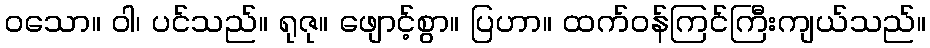
ဝသော။ ဝါ၊ ပင်သည်။ ရုဇု။ ဖျောင့်စွာ။ ပြဟာ။ ထက်ဝန်ကြင်ကြီးကျယ်သည်။